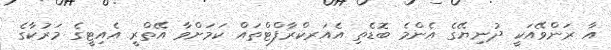
އާ ރަންވޭއަކީ ދުނިޔޭގެ އެންމެ ބޮޑެތި އެއަރކްރާފްޓްތައް ކަމަށްވާ އޭތްރީ އެއިޓީގެ މަރުކާގެ